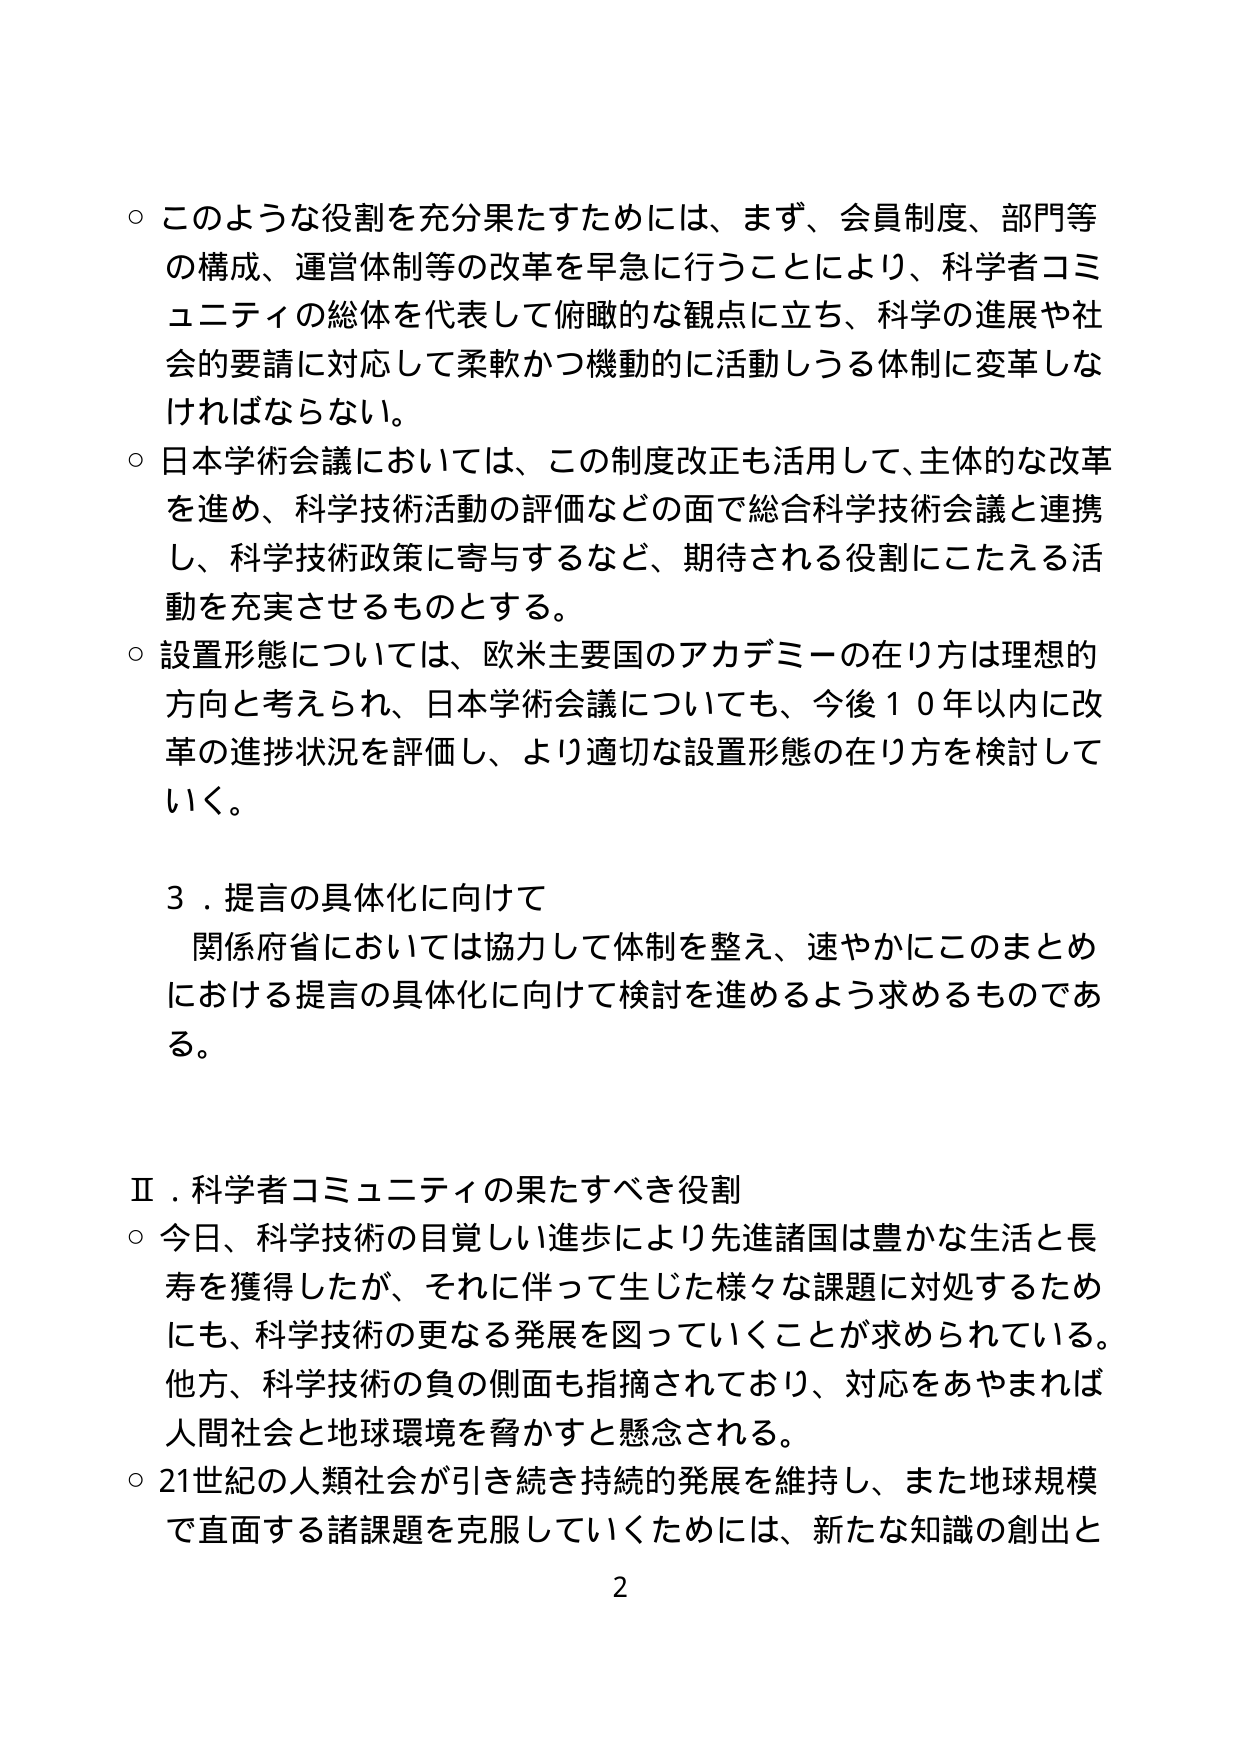
○このような役割を充分果たすためには、まず、会員制度、部門等の構成、運営体制等の改革を早急に行うことにより、科学者コミュニティの総体を代表して俯瞰的な観点に立ち、科学の進展や社会的要請に対応して柔軟かつ機動的に活動しうる体制に変革しなければならない。

○日本学術会議においては、この制度改正も活用して、主体的な改革を進め、科学技術活動の評価などの面で総合科学技術会議と連携し、科学技術政策に寄与するなど、期待される役割にこたえる活動を充実させるものとする。

○設置形態については、欧米主要国のアカデミーの在り方は理想的方向と考えられ、日本学術会議についても、今後１０年以内に改革の進捗状況を評価し、より適切な設置形態の在り方を検討していく。

３．提言の具体化に向けて
　関係府省においては協力して体制を整え、速やかにこのまとめにおける提言の具体化に向けて検討を進めるよう求めるものである。

Ⅱ．科学者コミュニティの果たすべき役割
○今日、科学技術の目覚しい進歩により先進諸国は豊かな生活と長寿を獲得したが、それに伴って生じた様々な課題に対処するためにも、科学技術の更なる発展を図っていくことが求められている。他方、科学技術の負の側面も指摘されており、対応をあやまれば人間社会と地球環境を脅かすと懸念される。

○21世紀の人類社会が引き続き持続的発展を維持し、また地球規模で直面する諸課題を克服していくためには、新たな知識の創出と

2